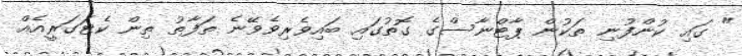
" ގައި ކުންފުނި ތަކުން ޕާޓްނާސްގެ ގޮތުގައި ބައިވެރިވެވޭނެ ތަފާތު ތިން ކެޓަގަރީއެއް